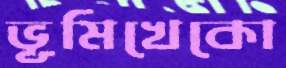
ভূমিখেকো